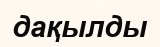
дақылды